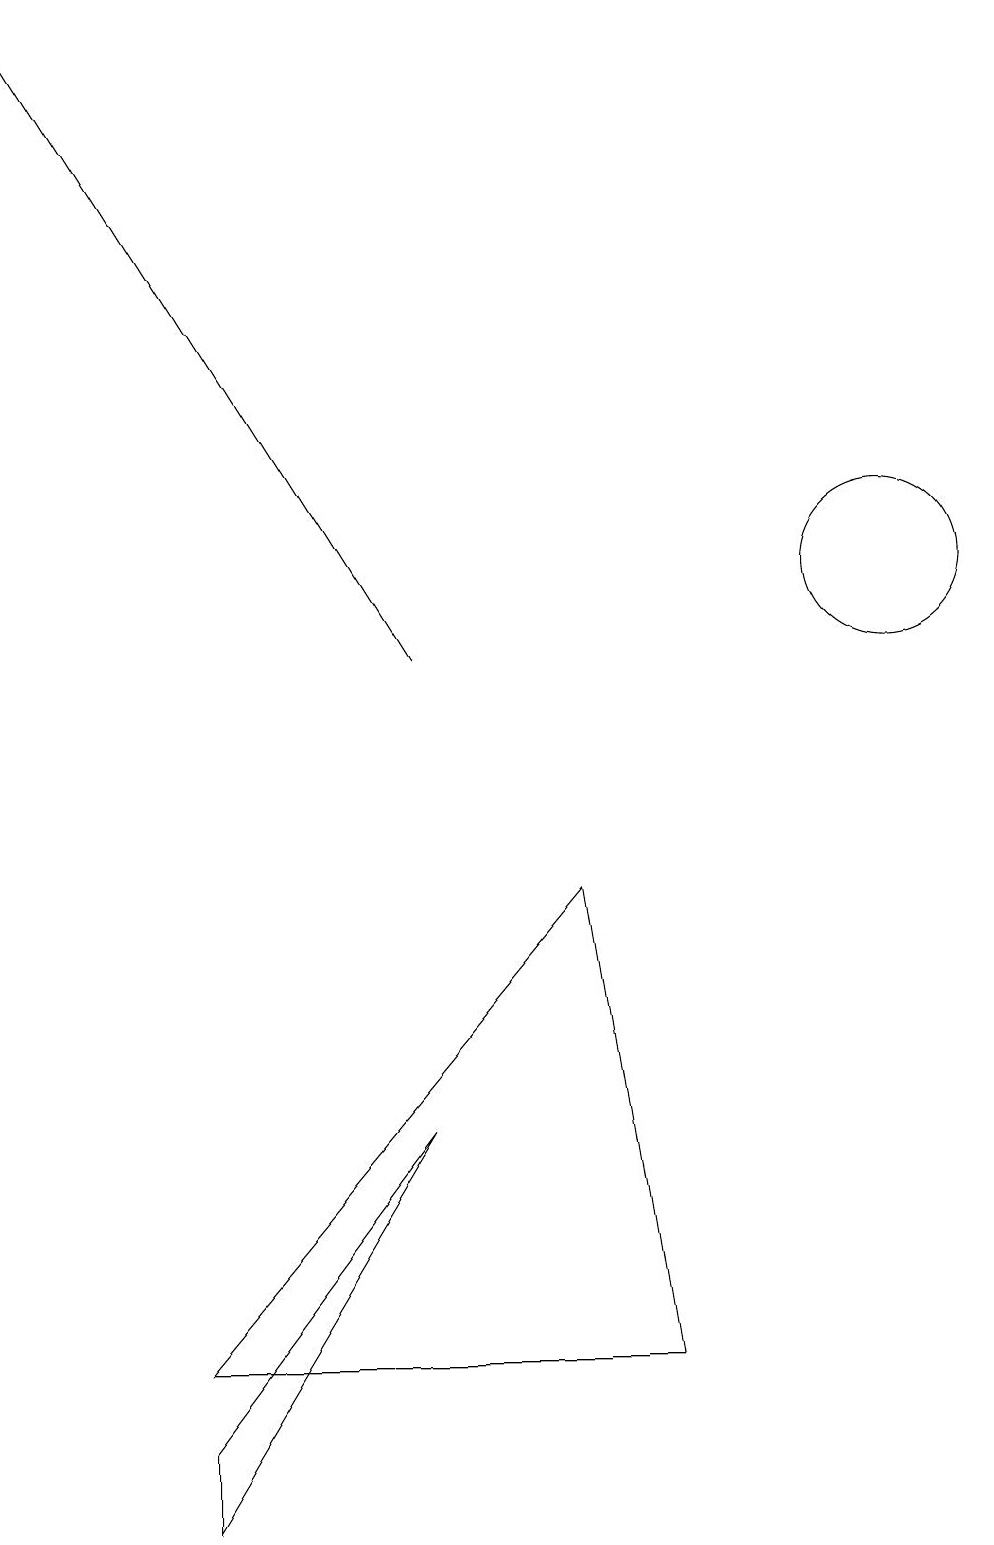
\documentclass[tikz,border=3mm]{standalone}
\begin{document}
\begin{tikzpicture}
\draw (3,0) -- (6,5) -- (3,1) -- cycle;
\draw[->] (6,11) -- (1,19);
\draw (9,2) -- (8,8) -- (3,2) -- cycle;
\draw (12,12) circle (1);
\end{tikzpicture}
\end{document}